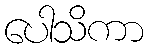
ပေါသိကာ